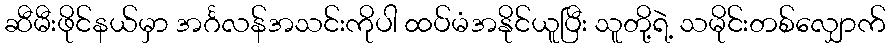
ဆီမီးဖိုင်နယ်မှာ အင်္ဂလန်အသင်းကိုပါ ထပ်မံအနိုင်ယူပြီး သူတို့ရဲ့ သမိုင်းတစ်လျှောက်